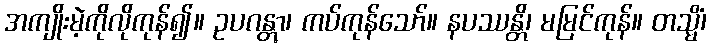
အကျိုးမဲ့ကိုလိုကုန်၍။ ဥပဂန္တွာ၊ ကပ်ကုန်သော်။ နပဿန္တိ၊ မမြင်ကုန်။ တသ္မိံ၊